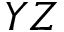
Y Z